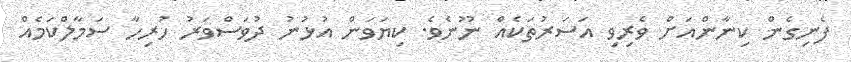
ފެނިގެން ކިނާންއަށް ވެރިވި އަސަރުތަކެއް ނޫނެވެ. ކިޔަވަން އުޅުނު ދުވަސްވަރު ހުރިހާ ސަމާލްކަމެއް